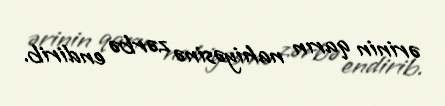
ərinin qarın nahiyəsinə zərbə endirib.